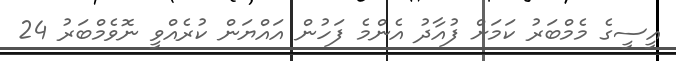
އީސީގެ މެމްބަރު ކަމަށް ފުއާދު އެންމެ ފަހުން އައްޔަން ކުރެއްވީ ނޮވެމްބަރު 24